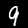
Label: 9